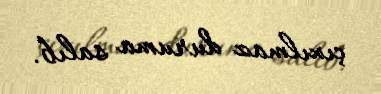
çıxılmaz duruma salıb.